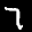
Label: 7